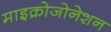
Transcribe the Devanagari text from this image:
माइक्रोजोनेशन